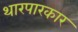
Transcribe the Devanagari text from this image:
थारपारकार